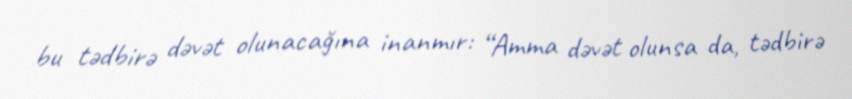
bu tədbirə dəvət olunacağına inanmır: “Amma dəvət olunsa da, tədbirə